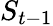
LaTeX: S_{t-1}